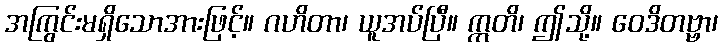
အကြွင်းမရှိသောအားဖြင့်။ ဂဟိတာ၊ ယူအပ်ပြီ။ ဣတိ၊ ဤသို့။ ဝေဒိတဗ္ဗာ၊